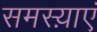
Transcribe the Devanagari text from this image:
समस्य़ाएं